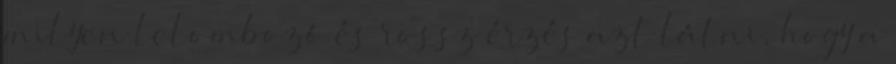
milyen lelombozó és rossz érzés azt látni, hogy a